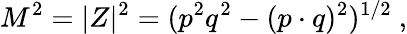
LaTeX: M^{2}=|Z|^{2}=(p^{2}q^{2}-(p\cdot q)^{2})^{1/2}\ ,